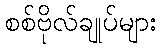
စစ်ဗိုလ်ချုပ်များ